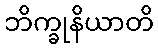
ဘိက္ခုနိယာတိ